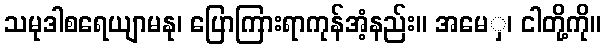
သမုဒါစရေယျာမနု၊ ပြောကြားရာကုန်အံ့နည်း။ အမေှ၊ ငါတို့ကို။